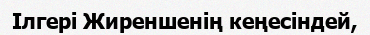
Ілгері Жиреншенің кеңесіндей,